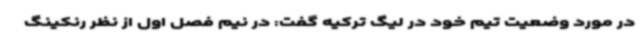
در مورد وضعیت تیم خود در لیگ ترکیه گفت: در نیم فصل اول از نظر رنکینگ